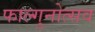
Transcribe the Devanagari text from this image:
फाल्गुनोत्सव